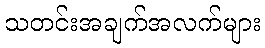
သတင်းအချက်အလက်များ